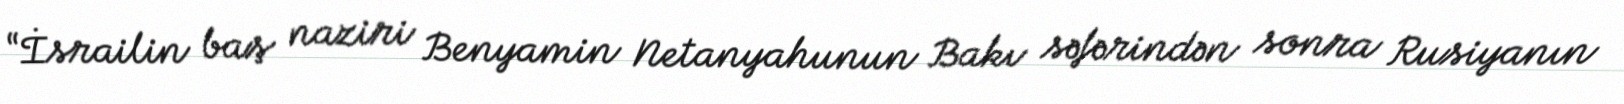
“İsrailin baş naziri Benyamin Netanyahunun Bakı səfərindən sonra Rusiyanın